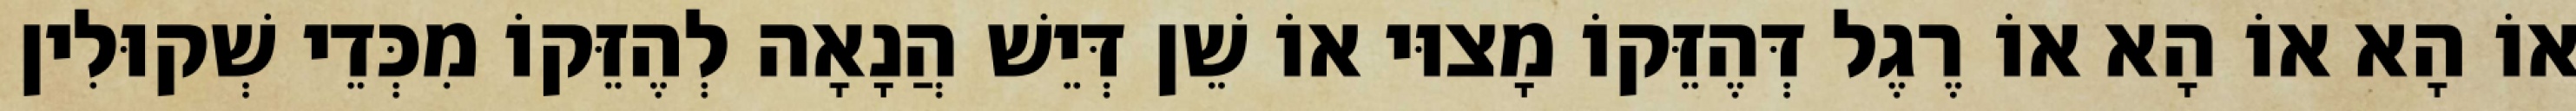
אוֹ הָא אוֹ הָא אוֹ רֶגֶל דְּהֶזֵּקוֹ מָצוּי אוֹ שֵׁן דְּיֵשׁ הֲנָאָה לְהֶזֵּקוֹ מִכְּדֵי שְׁקוּלִין